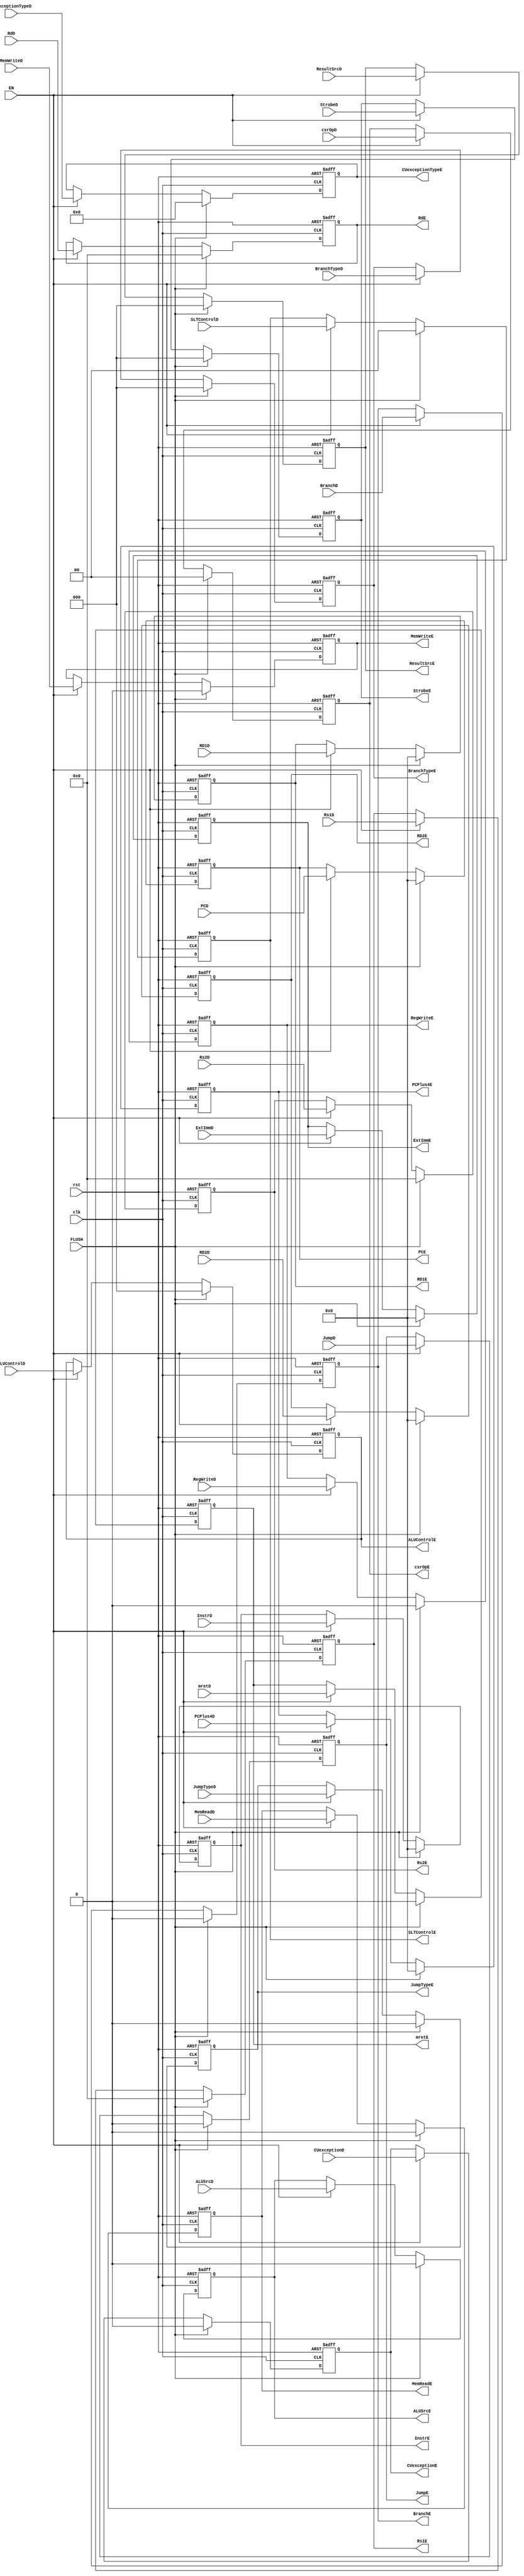
module ID_EX_Reg (
    //Control Unit - Decode
    input       wire                    RegWriteD,
    input       wire        [2:0]       ResultSrcD,
    input       wire                    MemWriteD,
    input       wire                    MemReadD,
    input       wire                    JumpD,
    input       wire                    JumpTypeD,
    input       wire                    BranchD,
    input       wire        [2:0]       BranchTypeD,
    input       wire        [2:0]       ALUControlD,
    input       wire                    ALUSrcD,
    input       wire        [1:0]       SLTControlD,
    input       wire        [2:0]       StrobeD,
    input       wire                    mretD,
    input       wire        [1:0]       csrOpD,
    input       wire                    CUexceptionD,
    input       wire        [3:0]       CUexceptionTypeD,

    //RF - Decode
    input       wire        [31:0]      RD1D,
    input       wire        [31:0]      RD2D,

    //Instruction - Decode
    input       wire        [31:0]      InstrD,
    input       wire        [31:0]      PCD,
    input       wire        [4:0]       Rs1D,
    input       wire        [4:0]       Rs2D,
    input       wire        [4:0]       RdD,
    input       wire        [31:0]      ExtImmD,
    input       wire        [31:0]      PCPlus4D,

    input       wire                    rst,
    input       wire                    clk,
    input       wire                    EN, 
    input       wire                    FLUSH,

    //Control Unit - Execute
    output      reg                     RegWriteE,
    output      reg         [2:0]       ResultSrcE,
    output      reg                     MemWriteE,
    output      reg                     MemReadE,
    output      reg                     JumpE,
    output      reg                     JumpTypeE,
    output      reg                     BranchE,
    output      reg         [2:0]       BranchTypeE,
    output      reg         [2:0]       ALUControlE,
    output      reg                     ALUSrcE,
    output      reg         [1:0]       SLTControlE,
    output      reg         [2:0]       StrobeE,
    output      reg                     mretE,
    output      reg         [1:0]       csrOpE,
    output      reg                     CUexceptionE,
    output      reg         [3:0]       CUexceptionTypeE,

    //RF - Execute
    output      reg         [31:0]      RD1E,
    output      reg         [31:0]      RD2E,

    //Instruction - Execute
    output      reg         [4:0]       Rs1E,
    output      reg         [4:0]       Rs2E,
    output      reg         [4:0]       RdE,
    output      reg         [31:0]      ExtImmE,

    output      reg         [31:0]      InstrE,
    output      reg         [31:0]      PCE,
    output      reg         [31:0]      PCPlus4E
);

always @ (posedge clk or negedge rst)
    begin
        if (!rst)
            begin
                RegWriteE <= 0;
                ResultSrcE <= 0;
                MemWriteE <= 0;
                MemReadE <= 0;
                JumpE <= 0;
                JumpTypeE <= 0;
                BranchE <= 0;
                BranchTypeE <= 0;
                ALUControlE <= 0;
                ALUSrcE <= 0;
                SLTControlE <= 0;
                StrobeE <= 0;
                RD1E <= 0;
                RD2E <= 0;

                InstrE <= 0;
                PCE <= 0;
                Rs1E <= 0;
                Rs2E <= 0;
                RdE <= 0;
                ExtImmE <= 0;
                PCPlus4E <= 0;
                mretE <= 0;
                csrOpE <= 0;
                CUexceptionE <= 0;
                CUexceptionTypeE <= 0;
            end
        else if (FLUSH)
            begin
                RegWriteE <= 0;
                ResultSrcE <= 0;
                MemWriteE <= 0;
                MemReadE <= 0;
                JumpE <= 0;
                JumpTypeE <= 0;
                BranchE <= 0;
                BranchTypeE <= 0;
                ALUControlE <= 0;
                ALUSrcE <= 0;
                SLTControlE <= 0;
                StrobeE <= 0;
                RD1E <= 0;
                RD2E <= 0;

                InstrE <= 0;
                PCE <= 0;
                Rs1E <= 0;
                Rs2E <= 0;
                RdE <= 0;
                ExtImmE <= 0;
                PCPlus4E <= 0;
                mretE <= 0;
                csrOpE <= 0;
                CUexceptionE <= 0;
                CUexceptionTypeE <= 0;
            end
        else
            begin
                if (EN)
                    begin
                        RegWriteE <= RegWriteD;
                        ResultSrcE <= ResultSrcD;
                        MemWriteE <= MemWriteD;
                        MemReadE <= MemReadD;
                        JumpE <= JumpD;
                        JumpTypeE <= JumpTypeD;
                        BranchE <= BranchD;
                        BranchTypeE <= BranchTypeD;
                        ALUControlE <= ALUControlD;
                        ALUSrcE <= ALUSrcD;
                        SLTControlE <= SLTControlD;
                        StrobeE <= StrobeD;
                        RD1E <= RD1D;
                        RD2E <= RD2D;

                        InstrE <= InstrD;
                        PCE <= PCD;
                        Rs1E <= Rs1D;
                        Rs2E <= Rs2D;
                        RdE <= RdD;
                        ExtImmE <= ExtImmD;
                        PCPlus4E <= PCPlus4D;
                        mretE <= mretD;
                        csrOpE <= csrOpD;
                        CUexceptionE <= CUexceptionD;
                        CUexceptionTypeE <= CUexceptionTypeD;
                    end
            end
    end

    
endmodule